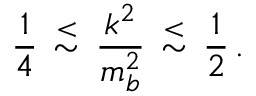
\frac { 1 } { 4 } \, \mathrm { { \scriptsize ~ \stackrel { < } { \sim } ~ } } \, \frac { k ^ { 2 } } { m _ { b } ^ { 2 } } \, \mathrm { { \scriptsize ~ \stackrel { < } { \sim } ~ } } \, \frac { 1 } { 2 } \, .